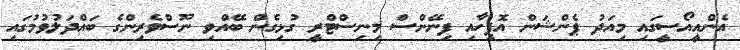
އެންއީއޯސީގައި މިއަދު ޕެންޝަން އޮފީހާއި ފިނޭންސް މިނިސްޓްރީ ގުޅިގެން ބޭއްވި ނޫސްވެރިންގެ ބައްދަލުވުމުގައި